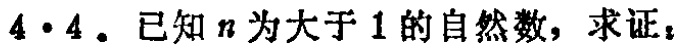
$4 \cdot 4$. 已知$n$为大于$1$的自然数，求证：